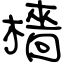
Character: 檣